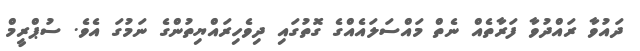
ދައުވާ ރައްދުވާ ފަރާތެއް ނެތް މައްސަލައެއްގެ ގޮތުގައި ދިވެހިރައްޔިތުންގެ ނަމުގަ އެވެ. ސުޕްރީމް